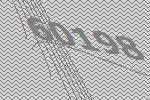
60198